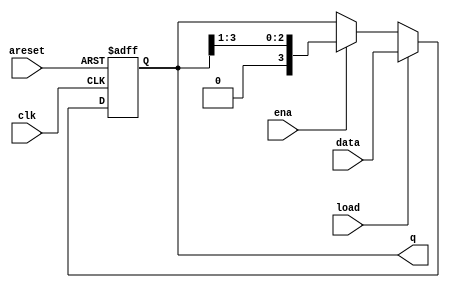
// SPDX-License-Identifier: MIT

module top_module(
    input clk,
    input areset,  // async active-high reset to zero
    input load,
    input ena,
    input [3:0] data,
    output reg [3:0] q); 

    always @(posedge clk or posedge areset) begin
        if (areset) q <= 4'b0;
        else if (load) q <= data;
        else if (ena) q <= {1'b0, q[3:1]};
    end
endmodule